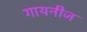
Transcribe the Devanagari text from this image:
गायनीज